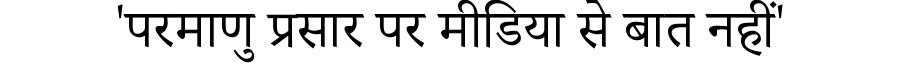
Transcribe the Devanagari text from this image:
'परमाणु प्रसार पर मीडिया से बात नहीं'